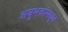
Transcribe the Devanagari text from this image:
अनुभवांमधून